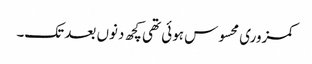
کمزوری محسوس ہوئی تھی کچھ دنوں بعد تک۔